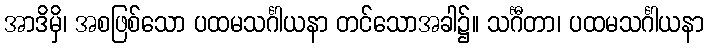
အာဒိမှိ၊ အစဖြစ်သော ပထမသင်္ဂါယနာ တင်သောအခါ၌။ သင်္ဂီတာ၊ ပထမသင်္ဂါယနာ